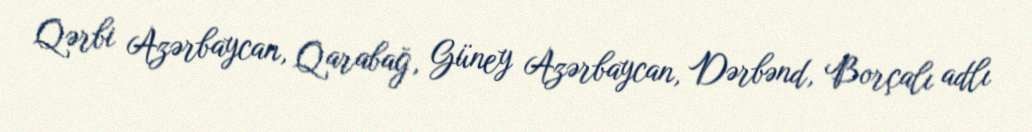
Qərbi Azərbaycan, Qarabağ, Güney Azərbaycan, Dərbənd, Borçalı adlı